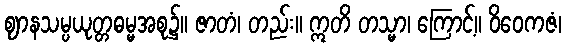
ဈာနသမ္ပယုတ္တဓမ္မအစု၌။ ဇာတံ၊ တည်း။ ဣတိ တသ္မာ၊ ကြောင့်။ ဝိဝေကဇံ၊